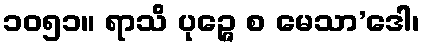
၁၀၅၁။ ရာသိ ပုဉ္ဇေ စ မေသာ’ဒေါ၊